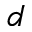
d